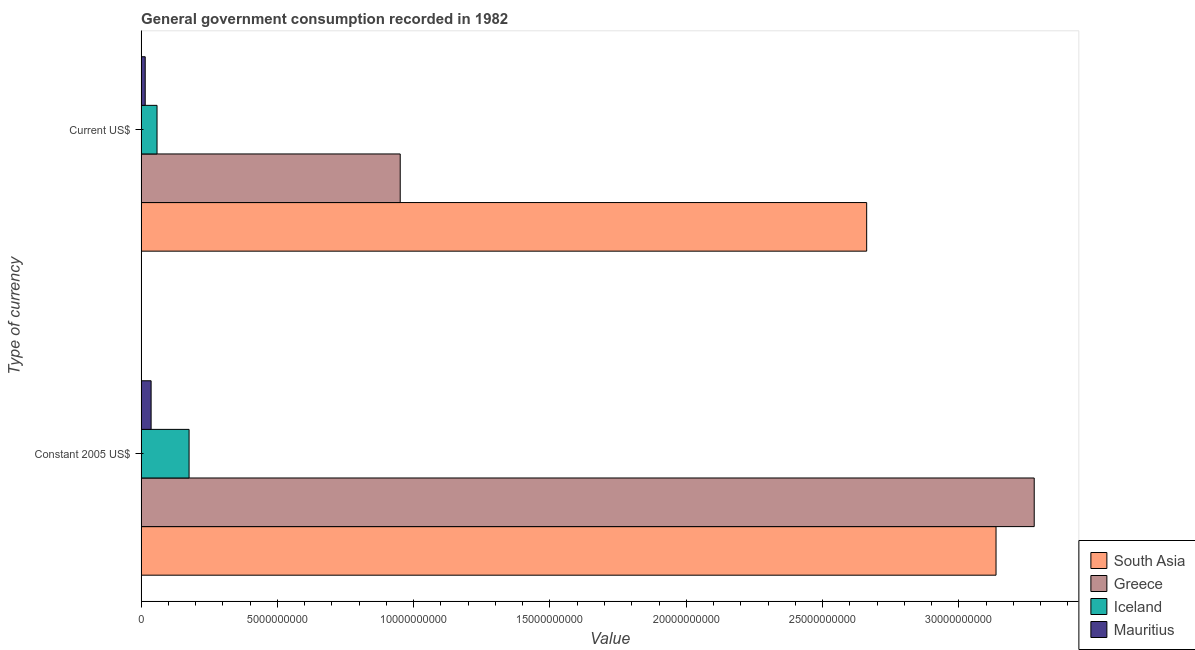
| Type of currency | South Asia | Greece | Iceland | Mauritius |
 | --- | --- | --- | --- | --- |
 | Constant 2005 US$ | 3.14e+10 | 3.28e+10 | 1.76e+09 | 3.66e+08 |
 | Current US$ | 2.66e+10 | 9.51e+09 | 5.83e+08 | 1.49e+08 |